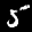
Label: 5